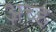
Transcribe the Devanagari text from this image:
अच्ह